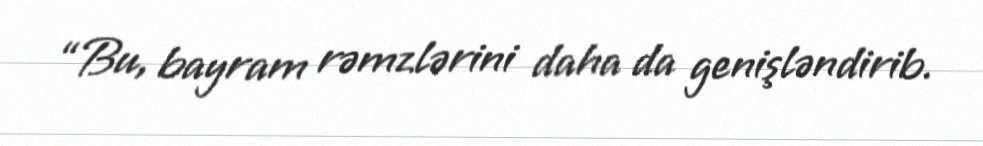
“Bu, bayram rəmzlərini daha da genişləndirib.